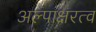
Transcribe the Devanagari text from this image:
अल्पाक्षरत्व